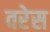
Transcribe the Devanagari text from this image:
वरेस